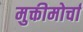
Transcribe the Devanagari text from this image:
मुक्तीमोर्चा